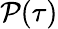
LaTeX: \mathcal{P}(\tau)